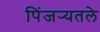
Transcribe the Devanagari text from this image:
पिंजर्‍यतले